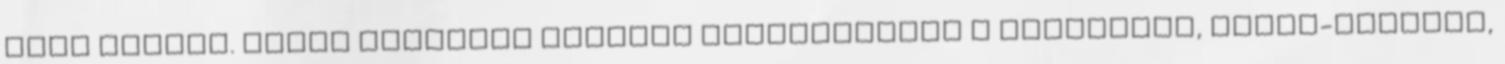
kell lennie. Kevés pirított hagymán megfuttatjuk a malacvért, sóval-borssal,